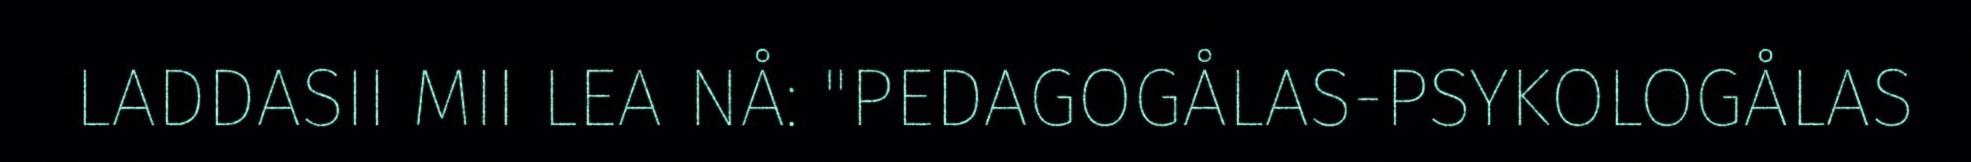
LADDASII MII LEA NÅ: "PEDAGOGÅLAS-PSYKOLOGÅLAS